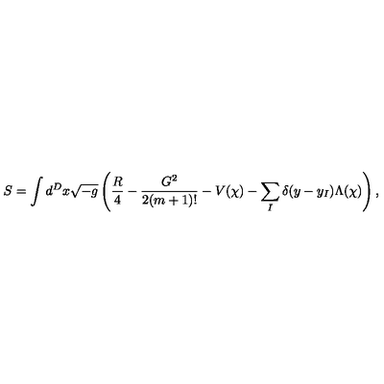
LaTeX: S = \int d ^ { D } x \sqrt { - g } \left( \frac { R } { 4 } - \frac { G ^ { 2 } } { 2 ( m + 1 ) ! } - V ( \chi ) - \sum _ { I } \delta ( y - y _ { I } ) \Lambda ( \chi ) \right) ,